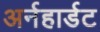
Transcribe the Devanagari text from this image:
अर्नहार्डट